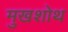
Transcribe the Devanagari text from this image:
मुखशोथ